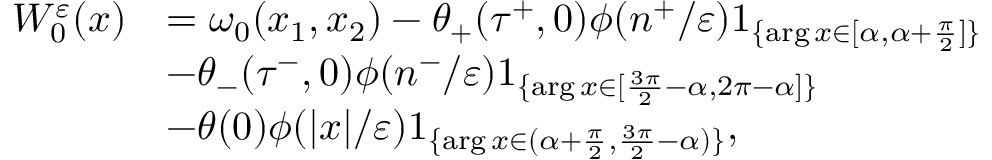
\begin{array} { r l } { W _ { 0 } ^ { \varepsilon } ( x ) } & { = \omega _ { 0 } ( x _ { 1 } , x _ { 2 } ) - \theta _ { + } ( \tau ^ { + } , 0 ) \phi ( n ^ { + } / \varepsilon ) 1 _ { \{ \arg x \in [ \alpha , \alpha + \frac { \pi } { 2 } ] \} } } \\ & { - \theta _ { - } ( \tau ^ { - } , 0 ) \phi ( n ^ { - } / \varepsilon ) 1 _ { \{ \arg x \in [ \frac { 3 \pi } { 2 } - \alpha , 2 \pi - \alpha ] \} } } \\ & { - \theta ( 0 ) \phi ( | x | / \varepsilon ) 1 _ { \{ \arg x \in ( \alpha + \frac { \pi } { 2 } , \frac { 3 \pi } { 2 } - \alpha ) \} } , } \end{array}